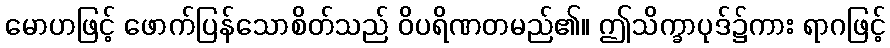
မောဟဖြင့် ဖောက်ပြန်သောစိတ်သည် ဝိပရိဏတမည်၏။ ဤသိက္ခာပုဒ်၌ကား ရာဂဖြင့်